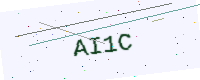
Text: AI1C